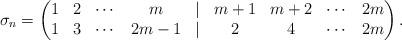
LaTeX: \begin{align*}\sigma_n=\begin{pmatrix} 1 & 2 & \cdots & m & | & m+1 & m+2 & \cdots & 2m \\ 1 & 3 & \cdots & 2m-1 & | & 2 & 4 & \cdots & 2m \end{pmatrix}.\end{align*}